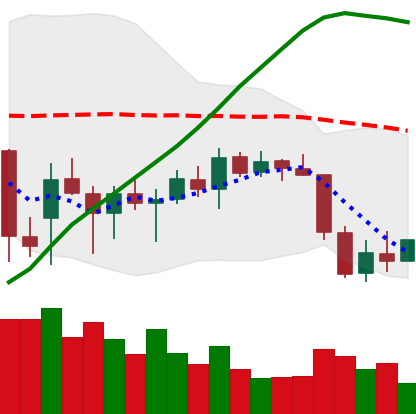
Ticker: ETH-USD
Chart end date: 2022-01-01
Forward return: -9.319%
Label: down_7plus